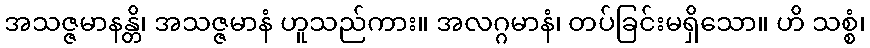
အသဇ္ဇမာနန္တိ၊ အသဇ္ဇမာနံ ဟူသည်ကား။ အလဂ္ဂမာနံ၊ တပ်ခြင်းမရှိသော။ ဟိ သစ္စံ၊